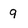
Character: 9